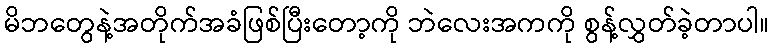
မိဘတွေနဲ့အတိုက်အခံဖြစ်ပြီးတော့ကို ဘဲလေးအကကို စွန့်လွှတ်ခဲ့တာပါ။